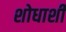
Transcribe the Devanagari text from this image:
शोधाशी